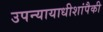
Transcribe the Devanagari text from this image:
उपन्यायाधीशांपैकी